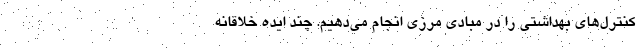
کنترل‌های بهداشتی را در مبادی مرزی انجام می‌دهیم. چند ایده خلاقانه